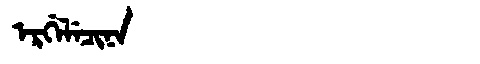
Manchu: ᡝᡵᡤᡝᠯᡝᠴᡳᠨᠠ
Romanization: ERGELECINA